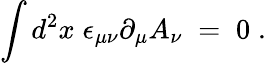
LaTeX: \int d^{2}x\; \epsilon_{\mu\nu}\partial_{\mu}A_{\nu}\; =\; 0\; .